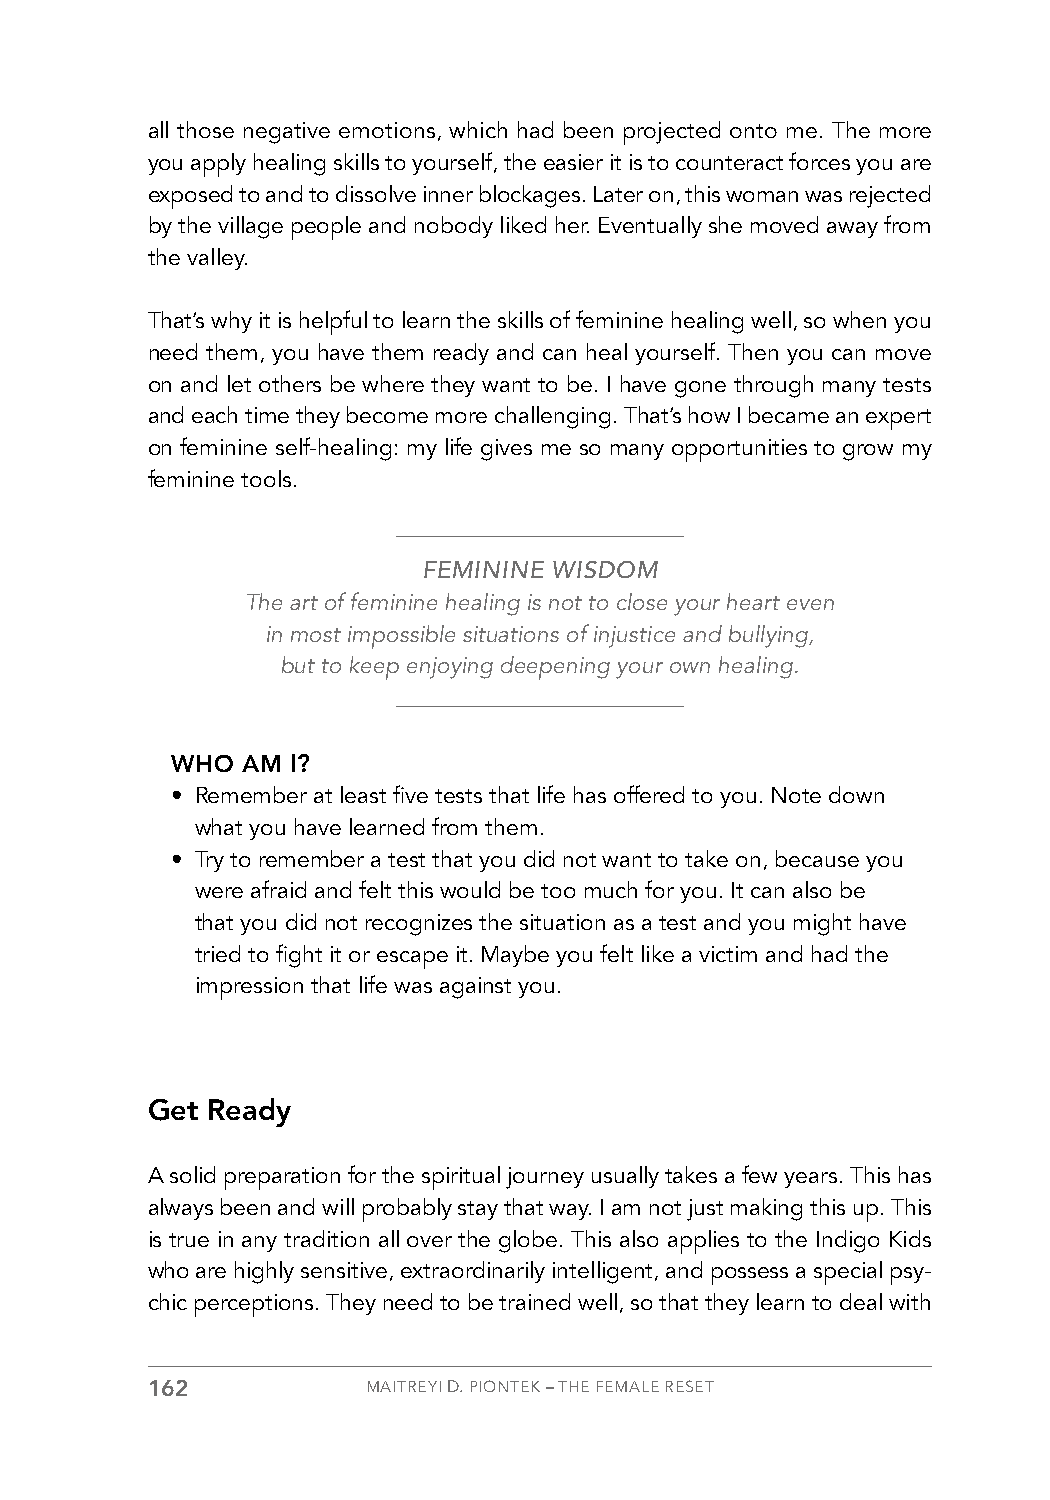
all those negative emotions, which had been projected onto me. The more
 you apply healing skills to yourself, the easier it is to counteract forces you are
 exposed to and to dissolve inner blockages. Later on, this woman was rejected
 by the village people and nobody liked her. Eventually she moved away from
 the valley.
 That’s why it is helpful to learn the skills of feminine healing well, so when you
 need them, you have them ready and can heal yourself. Then you can move
 on and let others be where they want to be. I have gone through many tests
 and each time they become more challenging. That’s how I became an expert
 on feminine self-healing: my life gives me so many opportunities to grow my
 feminine tools.
 FEMININE WISDOM
 The art of feminine healing is not to close your heart even
 in most impossible situations of injustice and bullying,
 but to keep enjoying deepening your own healing.
 WHO  AM I?
 • Remember at least five tests that life has offered to you. Note down
 what you have learned from them.
 • Try to remember a test that you did not want to take on, because you
 were afraid and felt this would be too much for you. It can also be
 that you did not recognizes the situation as a test and you might have
 tried to fight it or escape it. Maybe you felt like a victim and had the
 impression that life was against you.
 Get Ready
 A solid preparation for the spiritual journey usually takes a few years. This has
 always been and will probably stay that way. I am not just making this up. This
 is true in any tradition all over the globe. This also applies to the Indigo Kids
 who are highly sensitive, extraordinarily intelligent, and possess a special psy-
 chic perceptions. They need to be trained well, so that they learn to deal with
 162           MAITREYI D. PIONTEK – THE FEMALE RESET